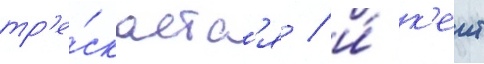
тр'е́скаетс'я / и́ к'еит